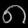
Digit: ၈